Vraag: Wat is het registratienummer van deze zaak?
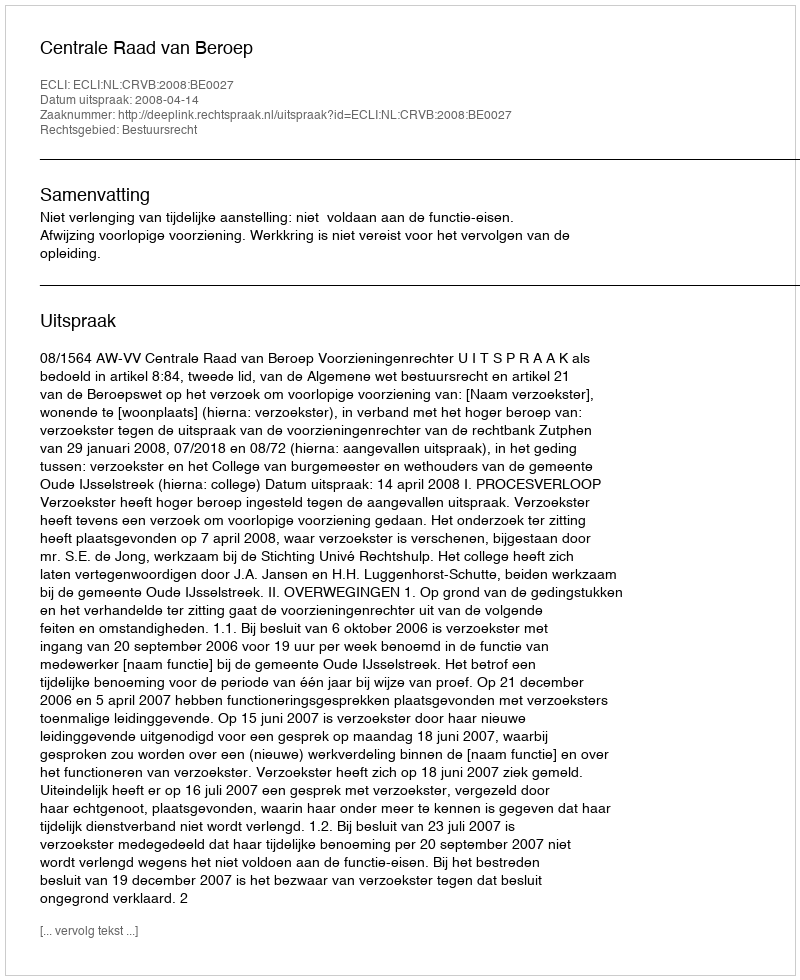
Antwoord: http://deeplink.rechtspraak.nl/uitspraak?id=ECLI:NL:CRVB:2008:BE0027